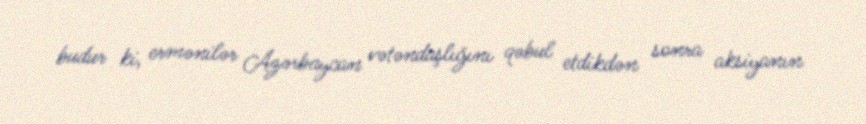
budur ki, ermənilər Azərbaycan vətəndaşlığını qəbul etdikdən sonra aksiyanın